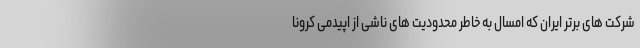
شرکت های برتر ایران که امسال به خاطر محدودیت های ناشی از اپیدمی کرونا